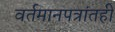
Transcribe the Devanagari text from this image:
वर्तमानपत्रांतही